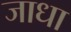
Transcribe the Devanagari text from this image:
जाधा